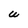
Character: U